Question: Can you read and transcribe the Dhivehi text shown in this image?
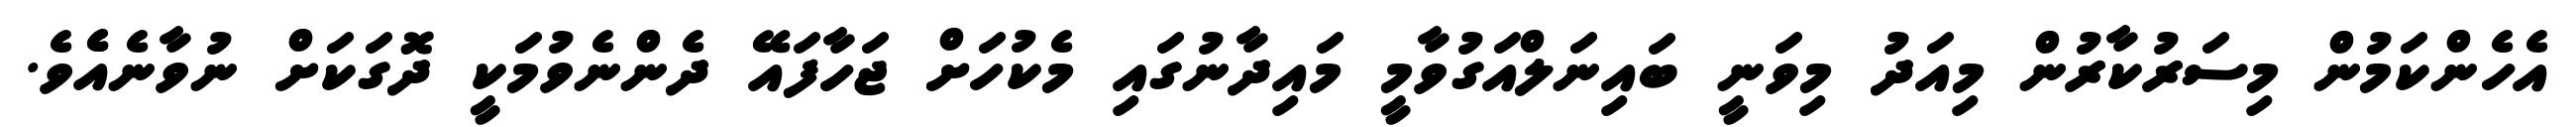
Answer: އެހެންކަމުން މިސަރުކާރުން މިއަދު މިވަނީ ބައިނަލްއަގުވާމީ މައިދާނުގައި މެކުހަށް ޖަހާފައޭ ދެންނެވުމަކީ ދޮގަކަށް ނުވާނެއެެވެ.